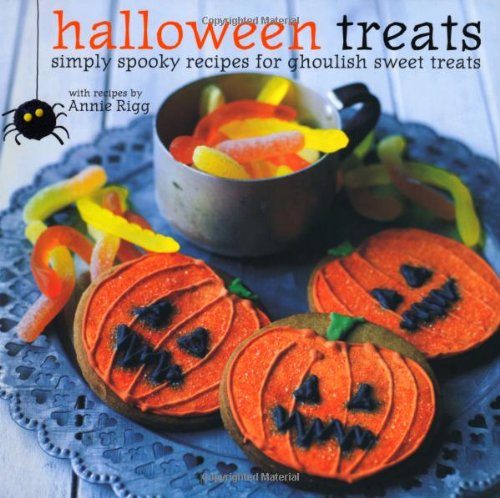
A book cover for Halloween Treats: Simply Spooky Recipes for Ghoulish Sweet Treats; Annie Rigg; Cookbooks, Food & Wine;